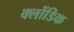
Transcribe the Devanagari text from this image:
क्लोंडिक